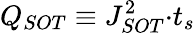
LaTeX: Q_{SOT}\equiv J_{SOT}^{2}{·}t_{s}